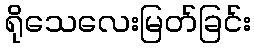
ရိုသေလေးမြတ်ခြင်း